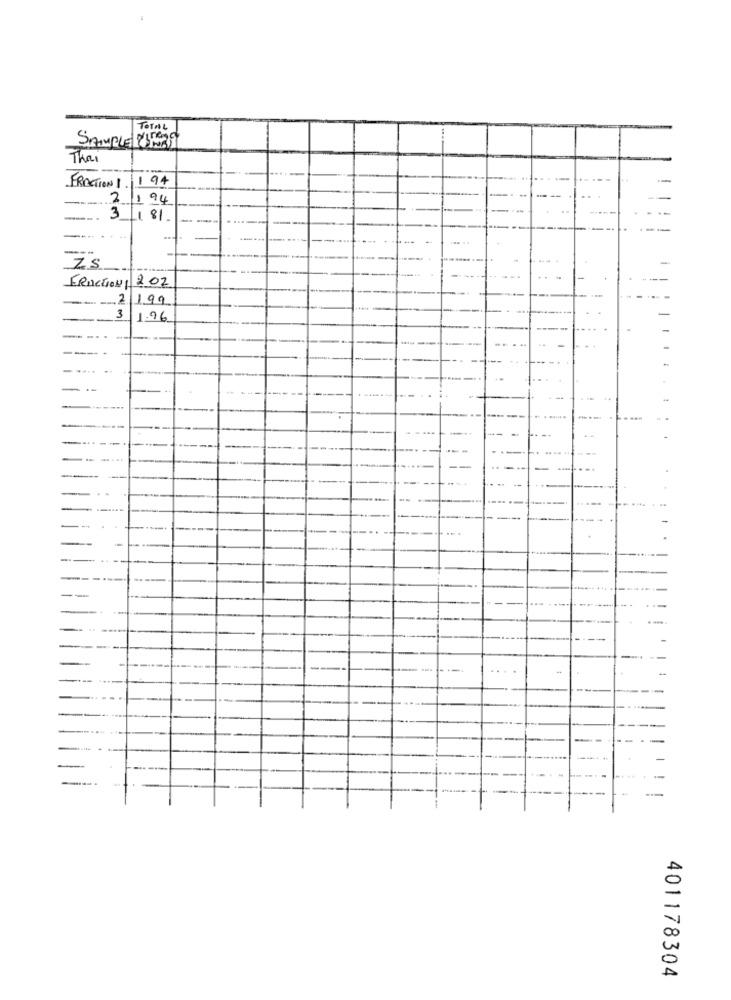
TOTAL
SAMPLE 21139
Thai
FRACTION 1. 194
1 94
31. 81
Z5
FRICTION/ 202
3
1.96
. .
-
401178304